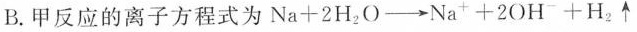
B.甲反应的离子方程式为$$Na+2H_{2}O \longrightarrow Na^{+}+2OH^{-}+H_{2} \uparrow$$